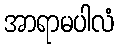
အာရာမပါလံ